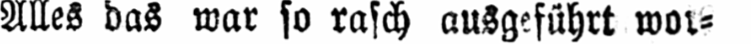
Alles das war so rasch ausgeführt wor⸗